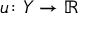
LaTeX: u \colon Y \rightarrow \mathbb { R }